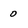
Character: 0